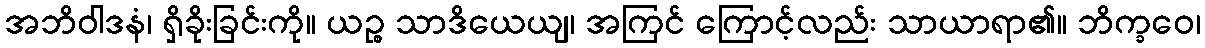
အဘိဝါဒနံ၊ ရှိခိုးခြင်းကို။ ယဉ္စ သာဒိယေယျ၊ အကြင် ကြောင့်လည်း သာယာရာ၏။ ဘိက္ခဝေ၊